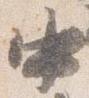
中